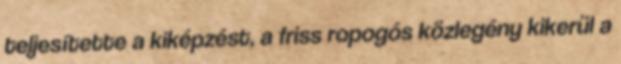
teljesítette a kiképzést, a friss ropogós közlegény kikerül a